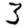
Digit: 3